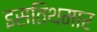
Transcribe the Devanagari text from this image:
इसतिथमार